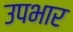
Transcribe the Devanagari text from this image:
उपभार